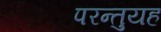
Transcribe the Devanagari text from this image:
परन्तुयह